Sanitation, dispensaries and jails vaccination Rajputana 1922-1927 - 1922-1927
Year: 1922
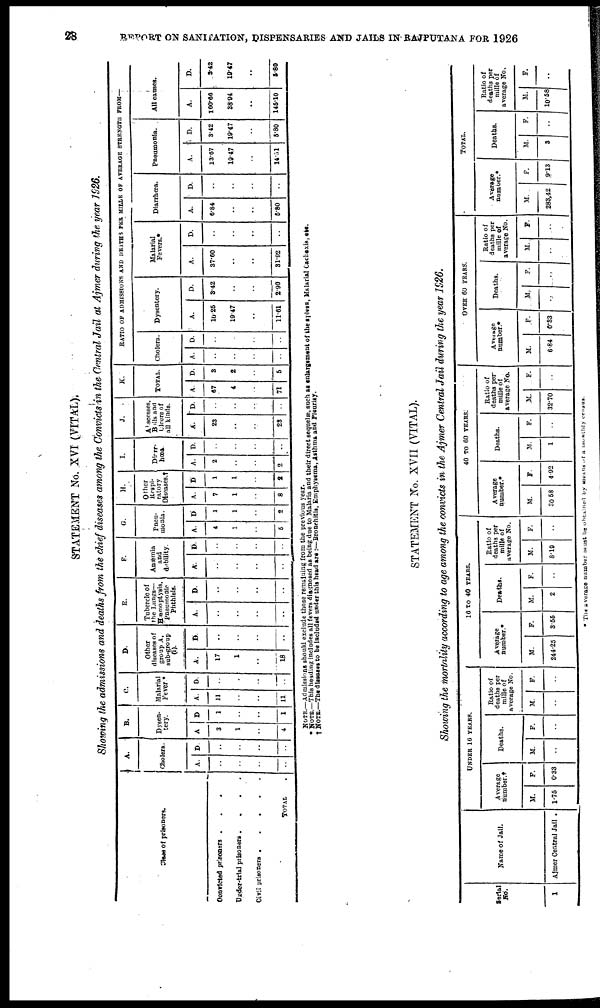
28
REPORT ON SANITATION, DISPENSARIES AND JAILS IN RAJPUTANA FOR 1926
STATEMENT No. XVI (VITAL).
Showing the admissions and deaths from the chief diseases among the Convicts in the Central Jail at Ajmer during the year 1926.
Class of prisoners.
Convicted prisoners . . . .
Under-trial prisoners
.
.
.
.
Civil prisoners . . . . .
TOTAL .
A.
Cholera.
A.
..
..
..
..
D.
..
..
..
..
B.
Dysen-
tery.
A
3
1
..
4
D
1
..
..
1
C.
Malarial
Fever*
A.
11
..
..
11
D.
..
..
..
..
D.
Other
diseases of
group A,
sub-group
(i).
A.
17
1
..
18
D.
..
..
..
..
E.
Tubercle of
the Lungs—
Hæmoptysis,
Pneumonic
Phthisis.
A.
..
..
..
..
D.
..
..
..
..
F.
Anæmia
and
debility.
A.
..
..
..
..
D.
..
..
..
..
G.
Pneu-
monia.
A.
4
1
..
5
D
1
1
..
2
H.
Other
Respi-
ratory
Diseases.†
A.
7
1
..
8
D
1
1
..
2
I.
Diarr-
hœa.
A.
2
..
..
2
D.
..
..
..
..
J.
Abscesses,
Boils and
Cloera of
all kinds.
A.
23
..
..
23
D.
..
..
..
..
K.
TOTAL
A.
57
4
..
71
D.
3
2
..
5
RATIO OF ADMISSIONS AND DEATHS PER MILLE OF AVERAGE STRENGTH FROM—
Cholera.
A.
..
..
..
..
D.
..
..
..
..
Dysentery.
A.
10.25
19.47
..
11.61
D.
3.42
..
..
2.90
Malarial
Fevers.*
A.
37.60
..
..
31.02
D.
..
..
..
..
Diarrhœa.
A.
6.84
..
..
5.80
D.
..
..
..
..
Pneumonia.
A.
13.67
19.47
..
14.51
D.
3.42
19.47
..
5.80
All causes.
A.
160.66
38.94
..
145.10
D.
3.42
19.47
..
5.80
NOTE.—Admissions should exclude those remaining from the previous year.
* NOTE.—This heading includes all fevers diagnosed as being due to Malaria and their direct sequelæ, such as enlargement of the spleen, Malarial Cachoxia, etc.
† NOTE.—The diseases to be included under this head are :—Bronchitis, Emphysema, Asthma and Pleurisy.
STATEMENT No. XVII (VITAL).
Showing the mortality according to age among the convicts in the Ajmer Central Jail during the year 1926.
Serial
No.
1
Name of Jail.
Ajmer Central Jail .
UNDER 16 YEARS.
Average
number.*
M.
1.75
F.
0.33
Deaths.
M.
..
F.
..
Ratio of
deaths per
mille of
average No.
M.
..
F.
..
16 TO 40 YEARS.
Average
number.*
M.
244.25
F.
3.55
Deaths.
M.
2
F.
..
Ratio of
deaths per
mille of
average No.
M.
8.19
F.
..
40 TO 60 YEARS.
Average
number.*
M.
30.58
F.
4.92
Deaths.
M.
1
F.
..
Ratio of
deaths per
mille of
average No.
M.
32.70
F.
..
OVER 60 YEARS.
Average
number.*
M.
6.84
F.
0.33
Deaths.
M.
..
F.
..
Ratio of
deaths per
mille of
average No.
M.
..
F.
..
TOTAL.
Average
number.*
M.
283,42
F.
9.13
Deaths.
M.
3
F.
..
Ratio of
deaths per
mille of
average No.
M.
10.58
F.
..
* The average number must be obtained by means of a monthly census.